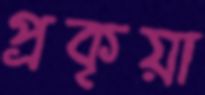
প্রকৃয়া